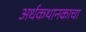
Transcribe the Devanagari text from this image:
अर्धकथानकाचा